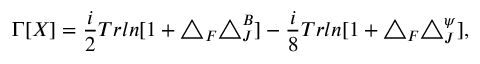
\Gamma [ X ] = \frac { i } { 2 } T r l n [ 1 + \triangle _ { F } \triangle _ { J } ^ { B } ] - \frac { i } { 8 } T r l n [ 1 + \triangle _ { F } \triangle _ { J } ^ { \psi } ] ,